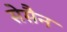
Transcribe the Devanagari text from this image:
सेसैन